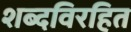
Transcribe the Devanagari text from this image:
शब्दविरहित